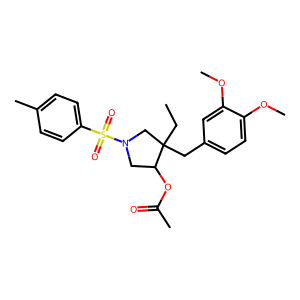
SMILES: CCC1(Cc2ccc(OC)c(OC)c2)CN(S(=O)(=O)c2ccc(C)cc2)CC1OC(C)=O
Inhibits HIV replication: No